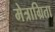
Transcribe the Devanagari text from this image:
मेत्राग्रिता